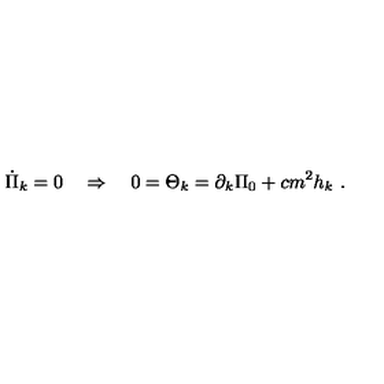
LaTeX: \dot { \Pi } _ { k } = 0 \quad \Rightarrow \quad 0 = \Theta _ { k } = \partial _ { k } \Pi _ { 0 } + c m ^ { 2 } h _ { k } \ .